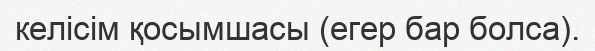
келісім қосымшасы (егер бар болса).